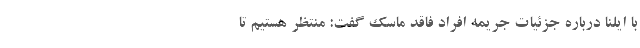
با ایلنا درباره جزئیات جریمه افراد فاقد ماسک گفت: منتظر هستیم تا